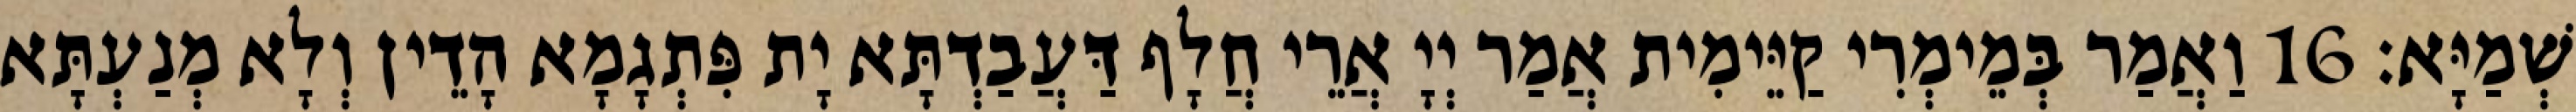
שְׁמַיָּא׃ 16 וַאֲמַר בְּמֵימְרִי קַיֵּימִית אֲמַר יְיָ אֲרֵי חֲלָף דַּעֲבַדְתָּא יָת פִּתְגָמָא הָדֵין וְלָא מְנַעְתָּא